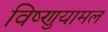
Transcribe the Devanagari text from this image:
विष्णुयामल